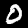
Digit: 0